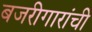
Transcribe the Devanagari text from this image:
बजरीगारांची